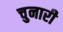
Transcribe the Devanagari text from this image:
चुनारी